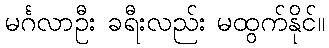
မင်္ဂလာဦး ခရီးလည်း မထွက်နိုင်။